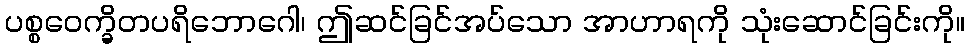
ပစ္စဝေက္ခိတပရိဘောဂေါ၊ ဤဆင်ခြင်အပ်သော အာဟာရကို သုံးဆောင်ခြင်းကို။